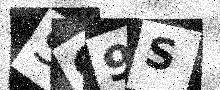
Text: SG9S